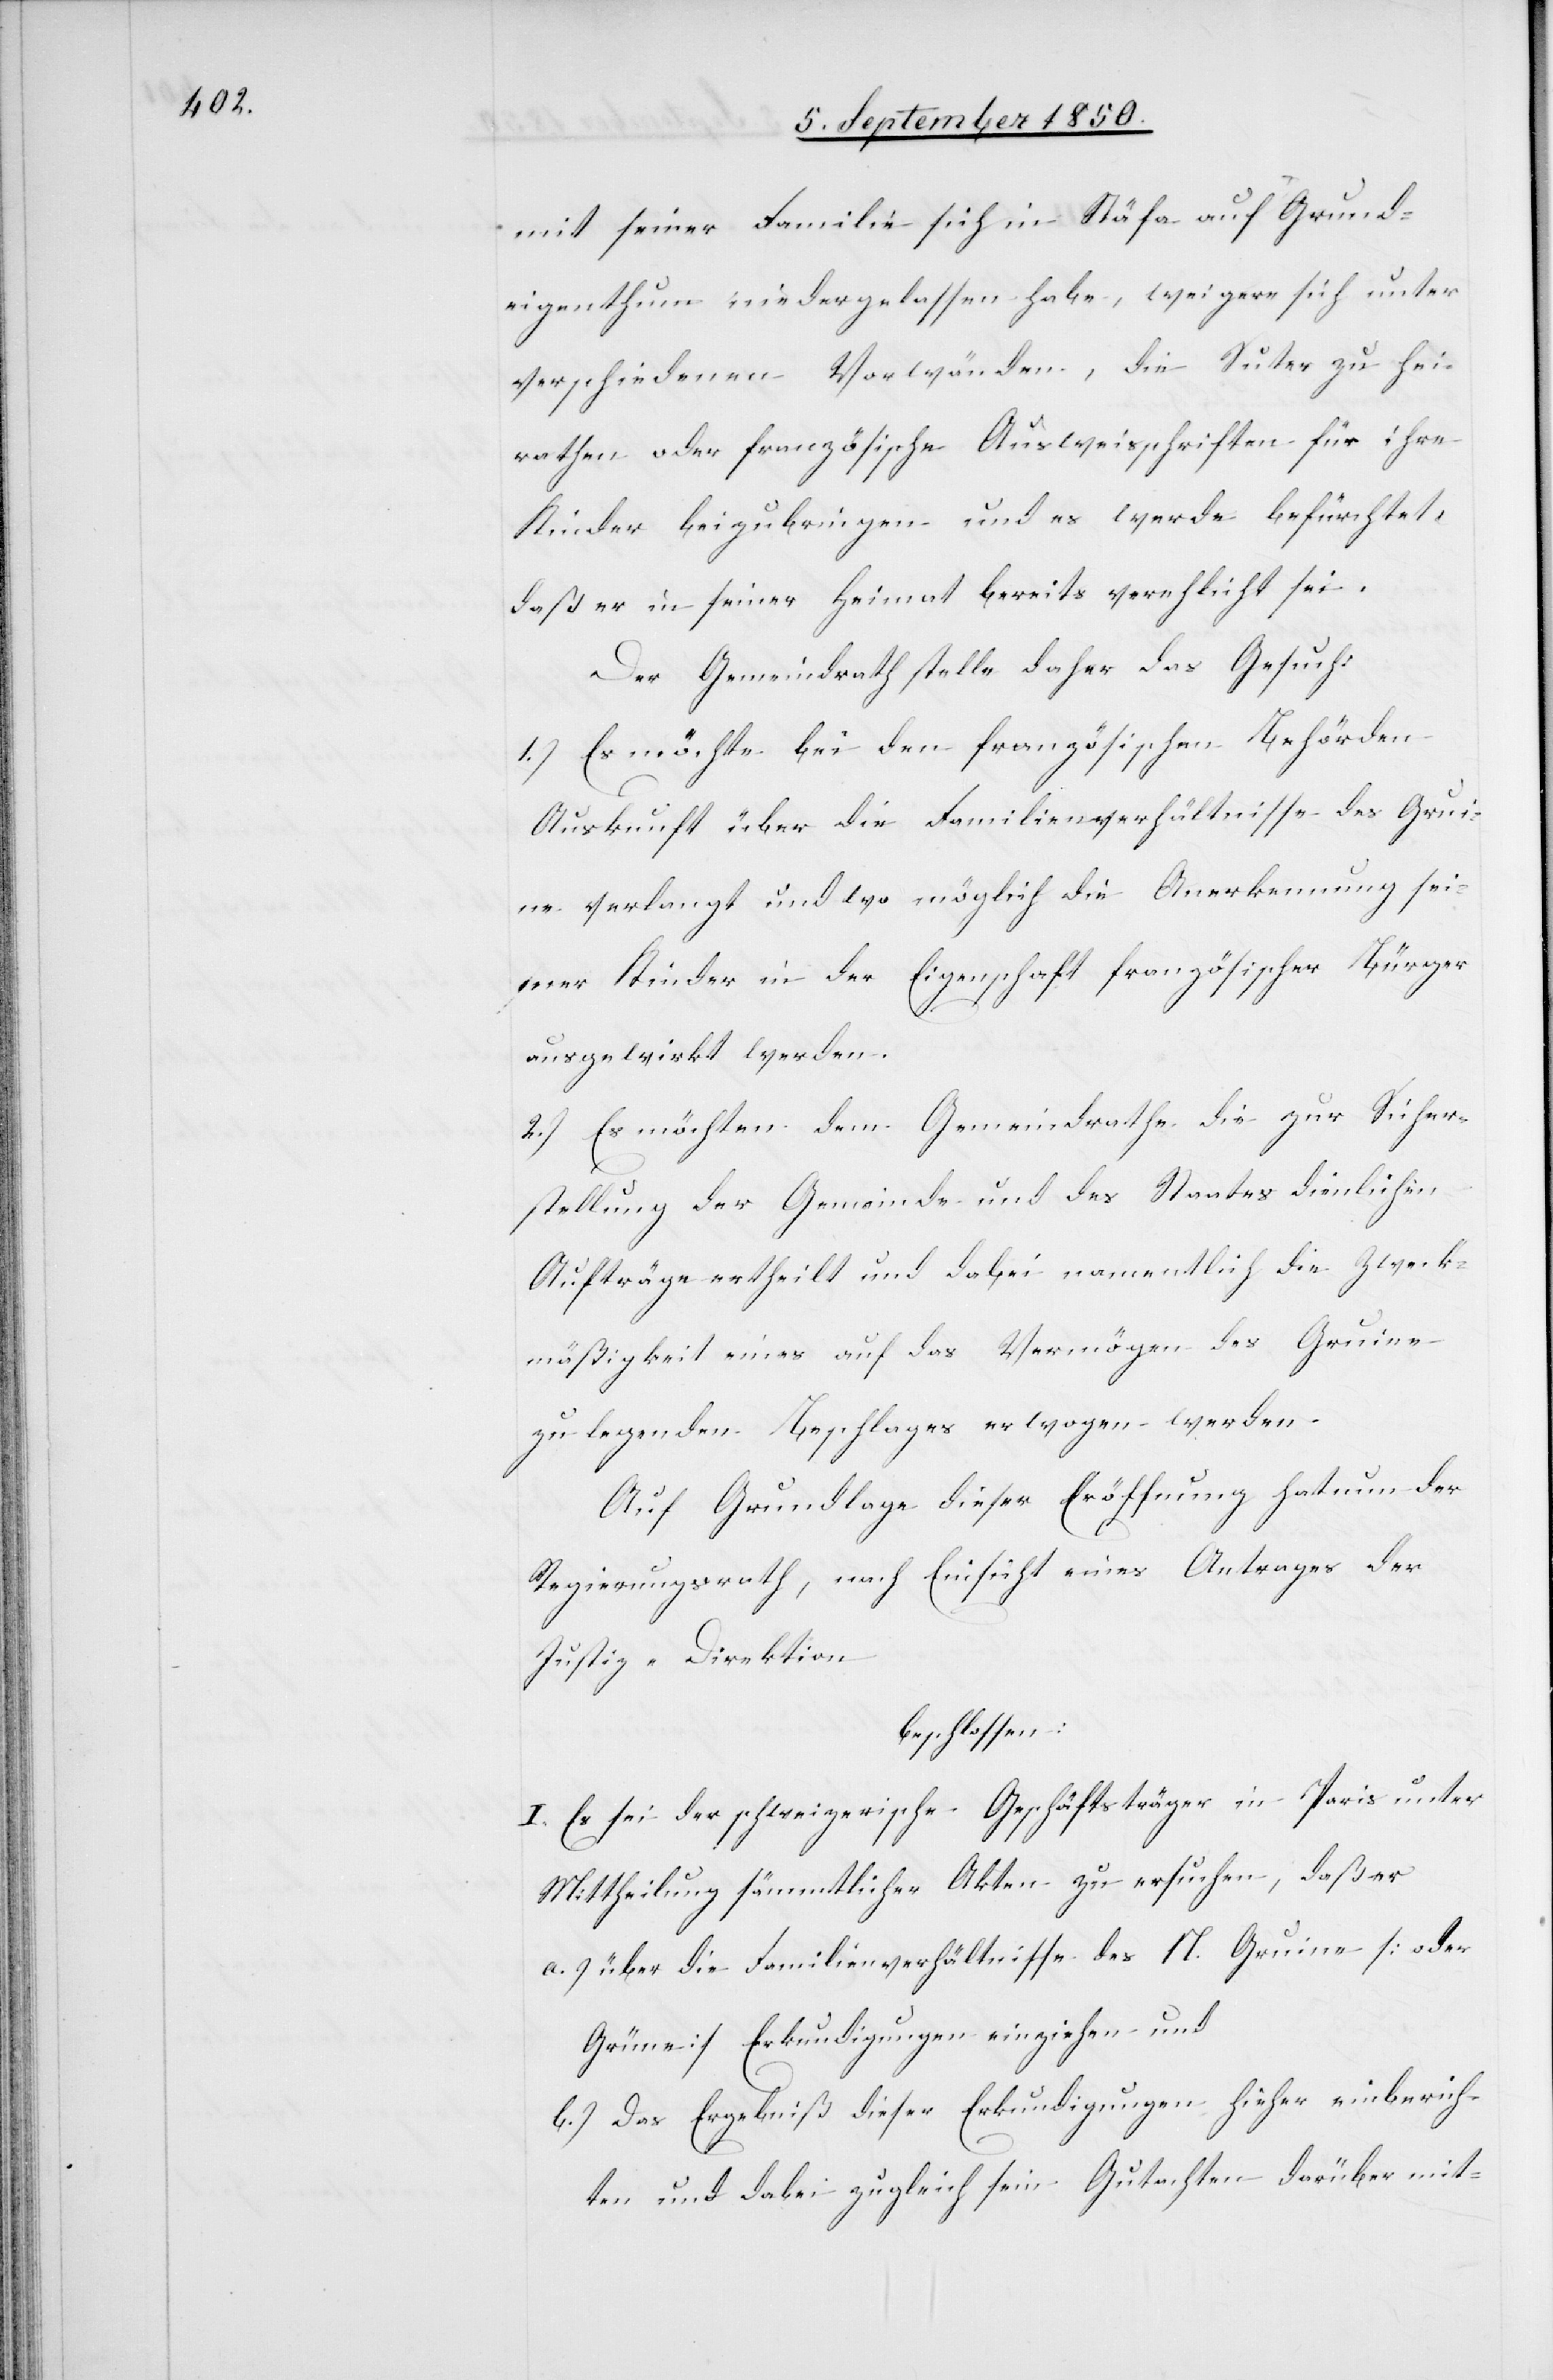
mit seiner Familie sich in Stäfa auf Grund¬
eigenthum niedergelassen habe, weigere sich unter
verschiedenen Vorwänden, die Suter zu hei¬
rathen oder französische Ausweisschriften für ihre
Kinder beizubringen und es werde befürchtet,
daß er in seiner Heimat bereits verehlicht sei.
Der Gemeindrath stelle daher das Gesuch:
1.) Es möchte bei den französischen Behörden
Auskunft über die Familienverhältnisse des Gru¬
ine verlangt und wo möglich die Anerkennung sei¬
ner Kinder in der Eigenschaft französischer Bürger
ausgewirkt werden.
2.) Es möchten dem Gemeindrathe die zur Sicher¬
stellung der Gemeinde und des Staates dienlichen
Aufträge ertheilt und dabei namentlich die Zweck¬
mäßigkeit eines auf das Vermögen des Gruine
zu legenden Beschlages erwogen werden.
Auf Grundlage dieser Eröffnung hat nun der
Regierungsrath, nach Einsicht eines Antrages der
Justiz-Direktion
beschlossen:
I. Es sei der schweizerische Geschäftsträger in Paris unter
Mittheilung sämmtlicher Akten zu ersuchen, daß er
a.) über die Familienverhältnisse des N. Gruine [oder
Grüne] Erkundigungen einziehen und
b.) Das Ergebniß dieser Erkundigungen hieher einberich¬
ten und dabei zugleich sein Gutachten darüber mit-